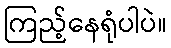
ကြည့်နေရုံပါပဲ။